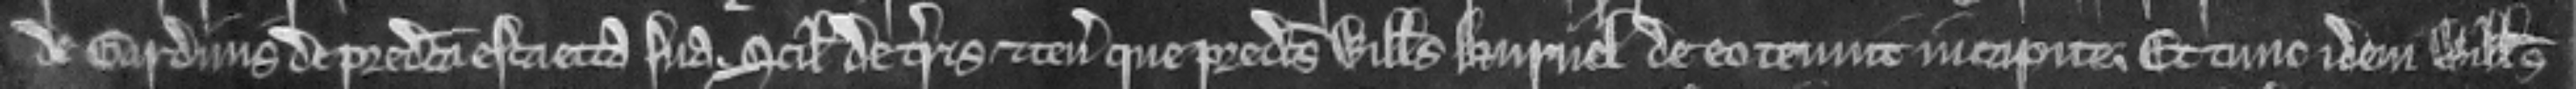
de Gardinis de predicta escaetta sua. scilicet de terris et tenementis que predictus Willelmus Burnel de eo tenuit in capite. Et tunc idem Willelmus